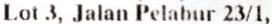
LOT 3, JALAN PELABUR 23/1,